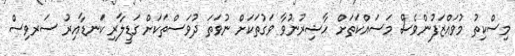
މިސްކިތު މުވައްޒަފުންވެސް މަސައްކަތަށް ހާޟިރުނުވާ ވަގުތަކަށް ނުވަތަ ދުވަސްތަކަށް ގަޑީލާރި ކަނޑާއިރު ސަރވިސް